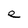
Character: e